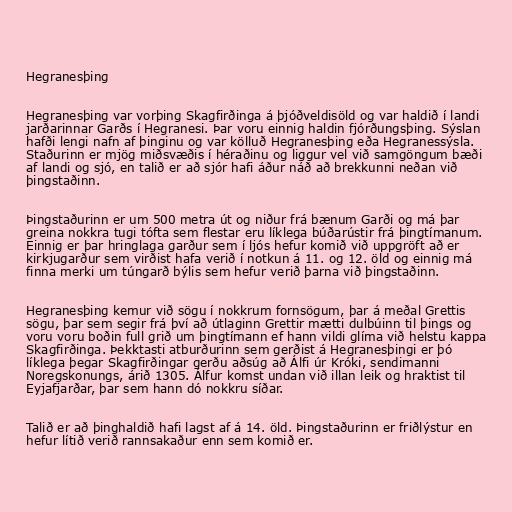
Hegranesþing

Hegranesþing var vorþing Skagfirðinga á þjóðveldisöld og var haldið í landi
jarðarinnar Garðs í Hegranesi. Þar voru einnig haldin fjórðungsþing. Sýslan
hafði lengi nafn af þinginu og var kölluð Hegranesþing eða Hegranessýsla.
Staðurinn er mjög miðsvæðis í héraðinu og liggur vel við samgöngum bæði
af landi og sjó, en talið er að sjór hafi áður náð að brekkunni neðan við
þingstaðinn.

Þingstaðurinn er um 500 metra út og niður frá bænum Garði og má þar
greina nokkra tugi tófta sem flestar eru líklega búðarústir frá þingtímanum.
Einnig er þar hringlaga garður sem í ljós hefur komið við uppgröft að er
kirkjugarður sem virðist hafa verið í notkun á 11. og 12. öld og einnig má
finna merki um túngarð býlis sem hefur verið þarna við þingstaðinn.

Hegranesþing kemur við sögu í nokkrum fornsögum, þar á meðal Grettis
sögu, þar sem segir frá því að útlaginn Grettir mætti dulbúinn til þings og
voru voru boðin full grið um þingtímann ef hann vildi glíma við helstu kappa
Skagfirðinga. Þekktasti atburðurinn sem gerðist á Hegranesþingi er þó
líklega þegar Skagfirðingar gerðu aðsúg að Álfi úr Króki, sendimanni
Noregskonungs, árið 1305. Álfur komst undan við illan leik og hraktist til
Eyjafjarðar, þar sem hann dó nokkru síðar.

Talið er að þinghaldið hafi lagst af á 14. öld. Þingstaðurinn er friðlýstur en
hefur lítið verið rannsakaður enn sem komið er.